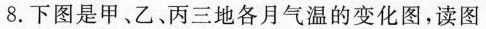
8.下图是甲、乙、丙三地各月气温的变化图，读图